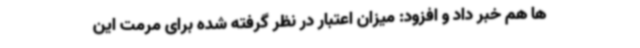
ها هم خبر داد و افزود: میزان اعتبار در نظر گرفته شده برای مرمت این